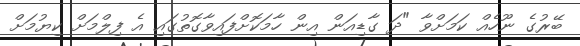
ބޭރުގެ ނޫހެއް ކަމަށްވާ "ދަ ގާޑިއަން އިން ހާމަކޮށްފައިވާގޮތުގައި އެ ފިލްމަށް ކިޔުމަށް